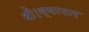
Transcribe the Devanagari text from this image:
थी।व्यापार